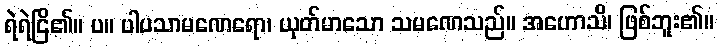
ရဲရဲငြိ၏။ ပ။ ပါပသာမဏေရော၊ ယုတ်မာသော သမဏေသည်။ အဟောသိ၊ ဖြစ်ဘူး၏။